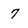
Character: 7